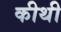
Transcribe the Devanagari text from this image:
कीथी